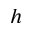
h